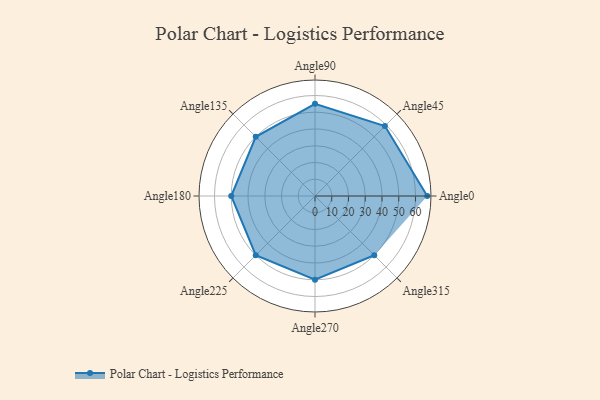
{"axis": {"x": "Angle", "y": "Radius"}, "legend": [""], "data": [{"x": "Angle0", "y": 67.0, "type": ""}, {"x": "Angle45", "y": 59.0, "type": ""}, {"x": "Angle90", "y": 55.0, "type": ""}, {"x": "Angle135", "y": 50.0, "type": ""}, {"x": "Angle180", "y": 50, "type": ""}, {"x": "Angle225", "y": 50, "type": ""}, {"x": "Angle270", "y": 50, "type": ""}, {"x": "Angle315", "y": 50, "type": ""}]}